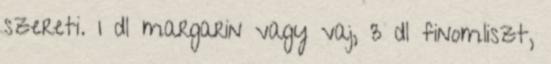
szereti. 1 dl margarin vagy vaj, 3 dl finomliszt,